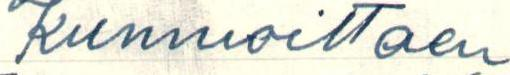
Kunnioittaen